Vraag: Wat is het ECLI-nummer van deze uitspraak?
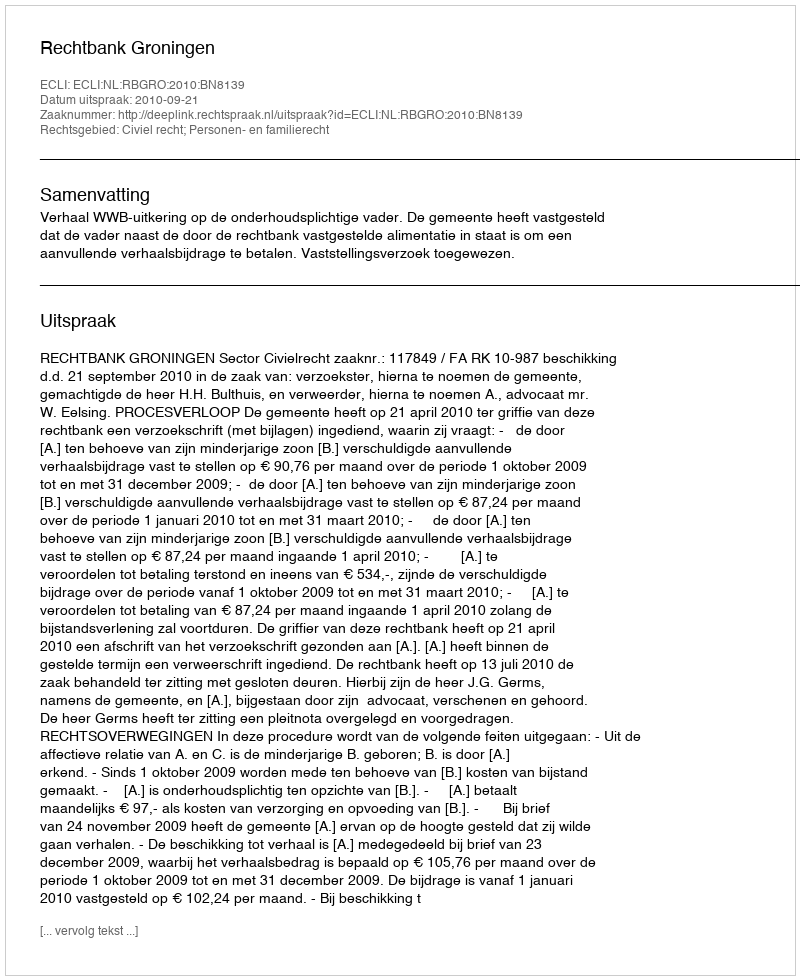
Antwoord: ECLI:NL:RBGRO:2010:BN8139